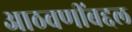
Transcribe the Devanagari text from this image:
आठवणींबद्दल